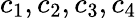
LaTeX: c_{1},c_{2},c_{3},c_{4}